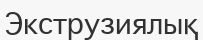
Экструзиялық